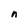
Character: n